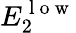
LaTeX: E_{2}^{\mathrm{~l~o~w~}}